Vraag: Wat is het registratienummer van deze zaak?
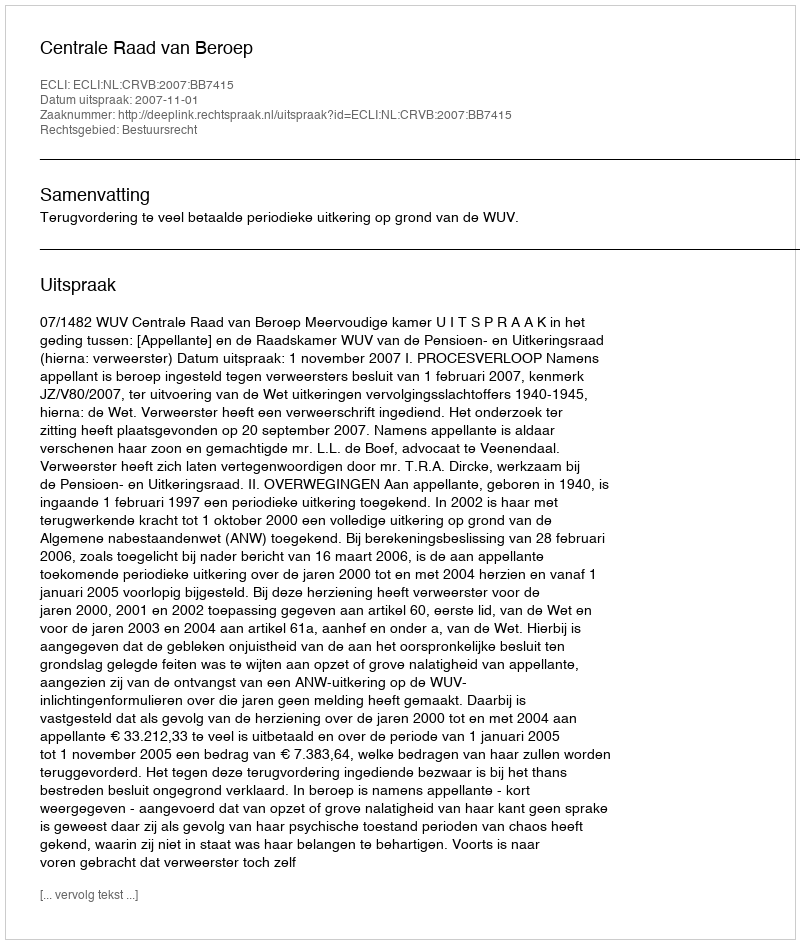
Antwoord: http://deeplink.rechtspraak.nl/uitspraak?id=ECLI:NL:CRVB:2007:BB7415